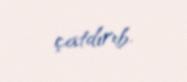
çatdırıb.